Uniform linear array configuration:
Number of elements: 32
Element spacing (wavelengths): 0.25
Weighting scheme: blackman
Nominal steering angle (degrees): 0
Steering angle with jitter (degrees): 1.322
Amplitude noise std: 0.05
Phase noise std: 0.05

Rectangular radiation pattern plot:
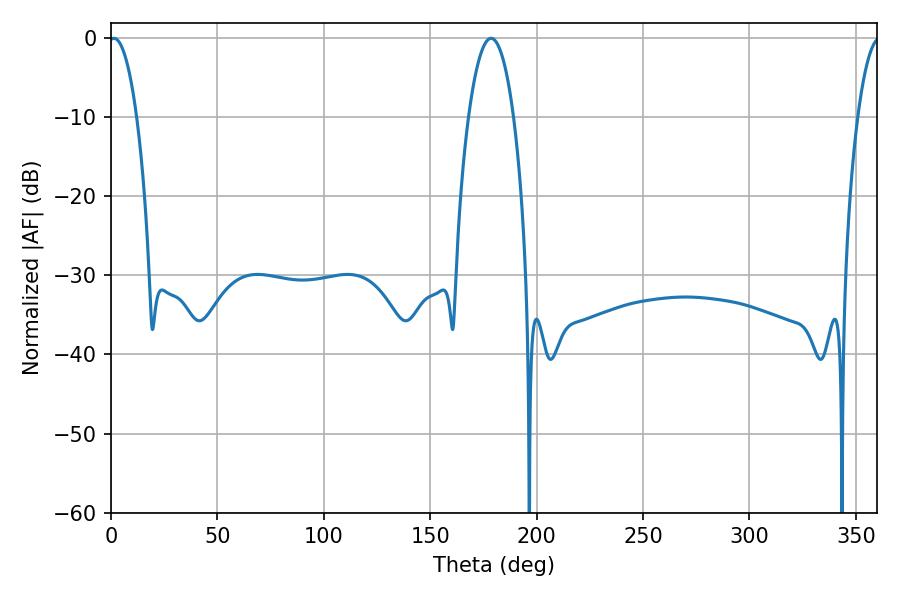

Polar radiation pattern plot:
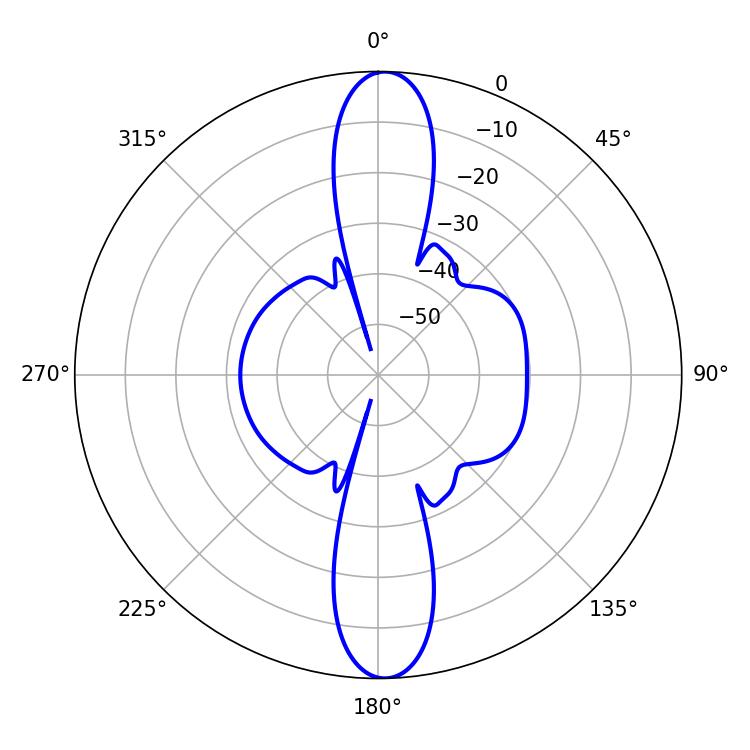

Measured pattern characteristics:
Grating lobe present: FALSE
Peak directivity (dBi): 22.367
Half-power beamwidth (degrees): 7.38
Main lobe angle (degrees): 1.44